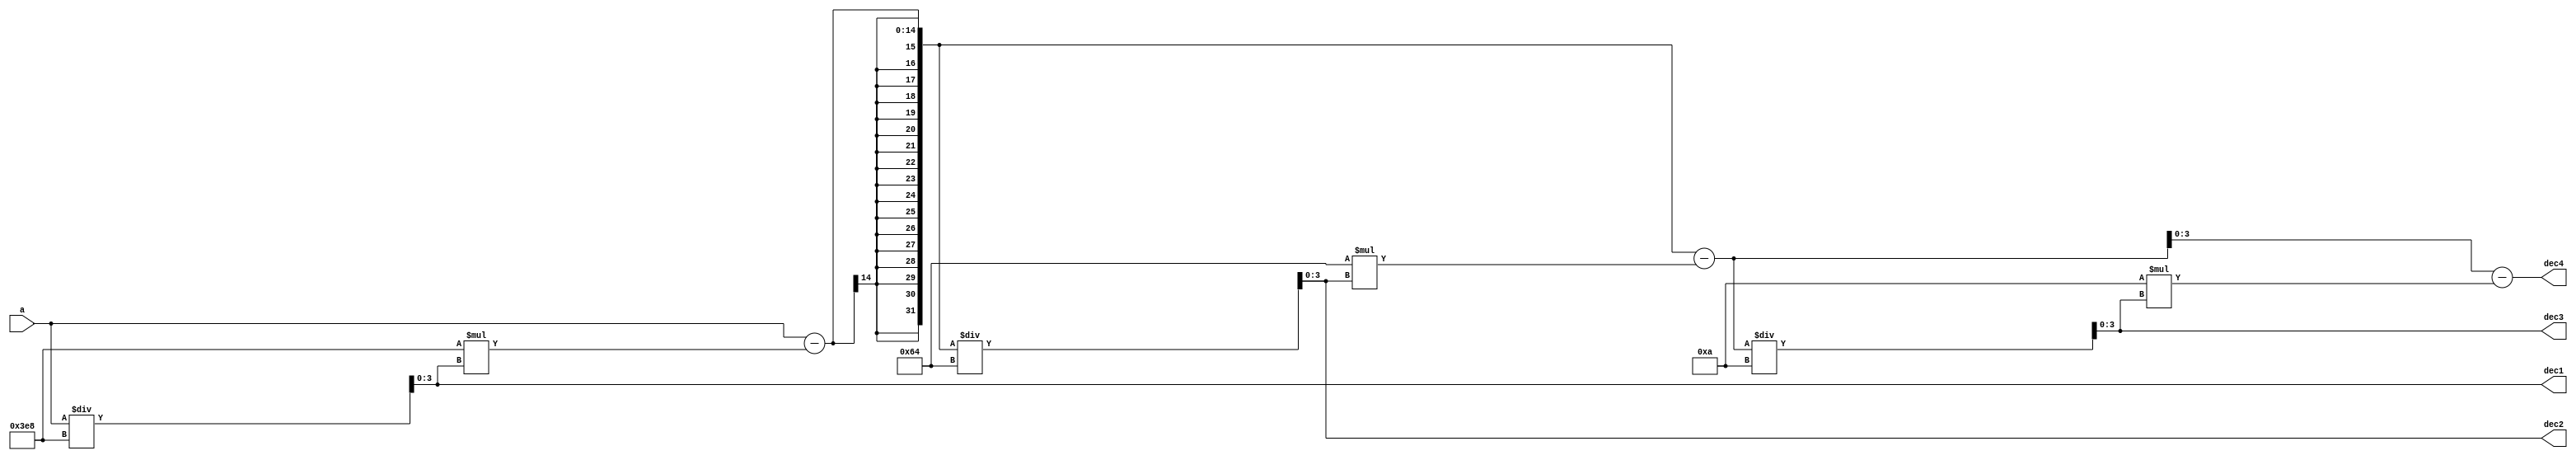
module conv(input [13:0] a,
output wire [3:0] dec1,dec2,dec3,dec4
    );

assign dec1=a/1000;
assign dec2=(a-1000*dec1)/100;
assign dec3=(a-1000*dec1-100*dec2)/10;
assign dec4=(a-1000*dec1-100*dec2-10*dec3);
endmodule